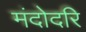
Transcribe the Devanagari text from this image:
मंदोदरि